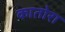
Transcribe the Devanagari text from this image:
कातोरा